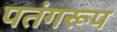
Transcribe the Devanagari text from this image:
पतंगरूप